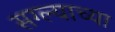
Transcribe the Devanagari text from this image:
सग्ल्याच्या